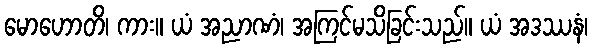
မောဟောတိ၊ ကား။ ယံ အညာဏံ၊ အကြင်မသိခြင်းသည်။ ယံ အဒဿနံ၊